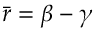
\bar { r } = \beta - \gamma